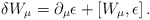
\begin{align*}\delta W_\mu = \partial_\mu \epsilon +[W_\mu , \epsilon ]\,.\end{align*}